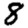
Digit: 8